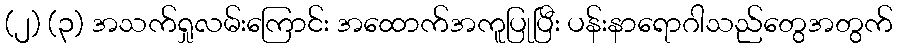
(၂) (၃) အသက်ရှုလမ်းကြောင်း အထောက်အကူပြုပြီး ပန်းနာရောဂါသည်တွေအတွက်